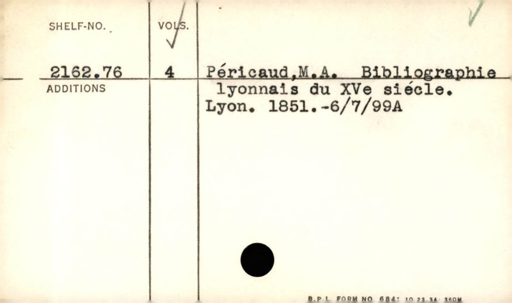
Label: content